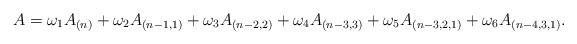
LaTeX: \begin{align*}A &= \omega_1 A_{(n)} + \omega_2 A_{(n-1,1)}+\omega_3 A_{(n-2,2)} + \omega_4 A_{(n-3,3)} + \omega_5 A_{(n-3,2,1)} + \omega_6 A_{(n-4,3,1)}.\end{align*}